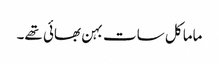
ماما کل سات بہن بھائی تھے۔